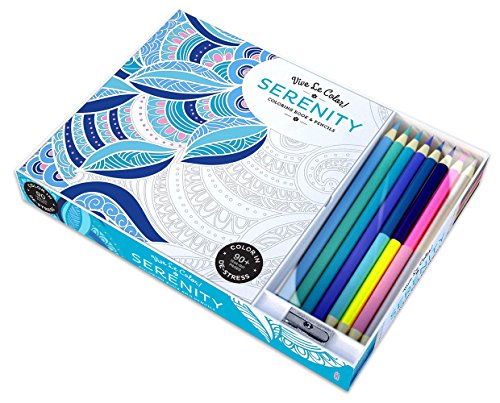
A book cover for Vive Le Color! Serenity (Coloring Book and Pencils): Color Therapy Kit; Abrams Noterie; Humor & Entertainment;